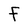
Character: F